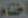
اختام